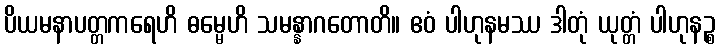
ပိယမနာပတ္တကရေဟိ ဓမ္မေဟိ သမန္နာဂတောတိ။ ဧဝံ ပါဟုနမဿ ဒါတုံ ယုတ္တံ ပါဟုနဉ္စ